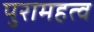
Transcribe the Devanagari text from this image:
पुरामहत्व